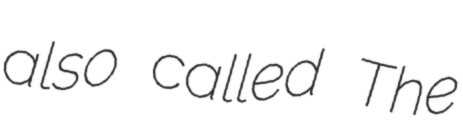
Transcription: also called The